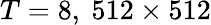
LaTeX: T=8,\ 512\times 512